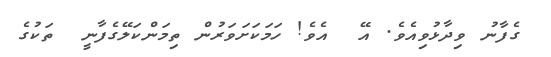
ގެފާނު ވިދާޅުވިއެވެ. އޭ  އެވެ! ހަމަކަށަވަރުން ތިމަންކަލޭގެފާނީ  ތަކުގެ